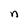
Character: n